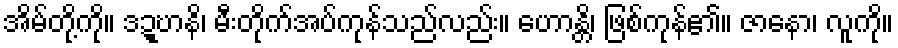
အိမ်တို့ကို။ ဒဍ္ဎာနိ၊ မီးတိုက်အပ်ကုန်သည်လည်း။ ဟောန္တိ၊ ဖြစ်ကုန်၏။ ဇာနော၊ လူကို။